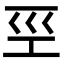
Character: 巠